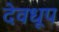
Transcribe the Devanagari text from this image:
देवधूप